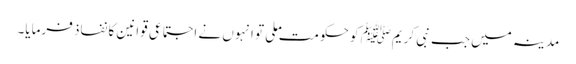
مدینہ میں جب نبی کریمﷺ کو حکومت ملی تو انہوں نے اجتماعی قوانین کا نفاذ فرمایا۔